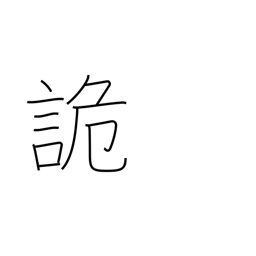
Meaning: deceive